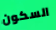
السكون